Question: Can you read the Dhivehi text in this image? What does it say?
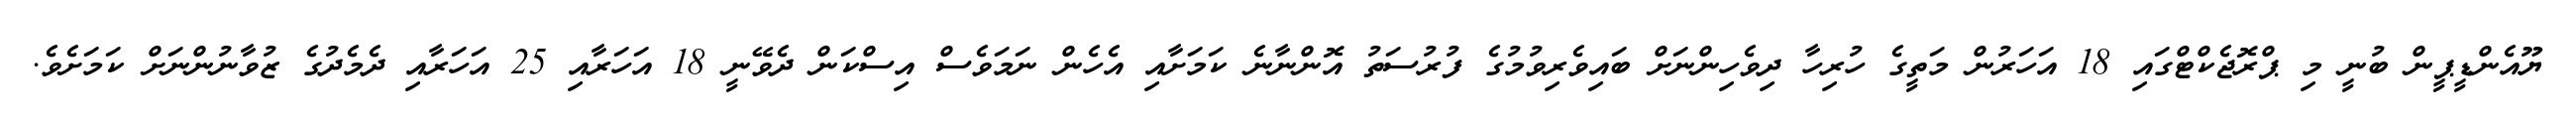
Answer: ޔޫއެންޑީޕީން ބުނީ މި ޕްރޮޖެކްޓްގައި 18 އަހަރުން މަތީގެ ހުރިހާ ދިވެހިންނަށް ބައިވެރިވުމުގެ ފުރުސަތު އޮންނާނެ ކަމަށާއި އެހެން ނަމަވެސް އިސްކަން ދެވޭނީ 18 އަހަރާއި 25 އަހަރާއި ދެމެދުގެ ޒުވާނުންނަށް ކަމަށެވެ.